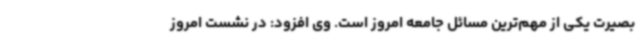
بصیرت یکی از مهم‌ترین مسائل جامعه امروز است. وی افزود: در نشست امروز